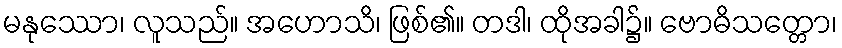
မနုဿော၊ လူသည်။ အဟောသိ၊ ဖြစ်၏။ တဒါ၊ ထိုအခါ၌။ ဗောဓိသတ္တော၊